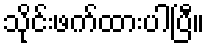
သိုင်းဖက်ထားပါပြီ။